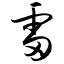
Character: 雷